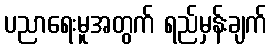
ပညာရေးမူအတွက် ရည်မှန်းချက်